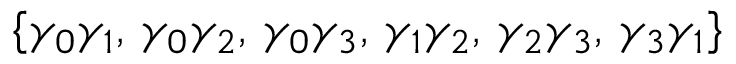
\{ \gamma _ { 0 } \gamma _ { 1 } , \, \gamma _ { 0 } \gamma _ { 2 } , \, \gamma _ { 0 } \gamma _ { 3 } , \, \gamma _ { 1 } \gamma _ { 2 } , \, \gamma _ { 2 } \gamma _ { 3 } , \, \gamma _ { 3 } \gamma _ { 1 } \}